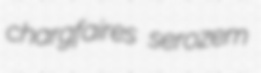
chargfaires serozem